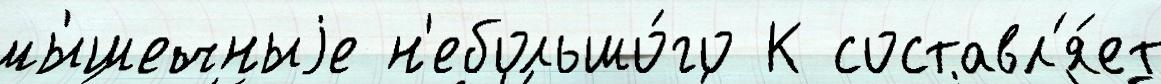
мы́шечныjе н'ебольшо́го К составл'я́ет